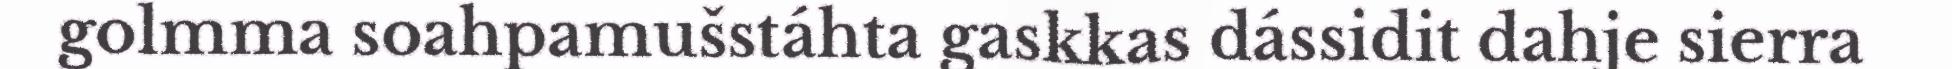
golmma soahpamušstáhta gaskkas dássidit dahje sierra